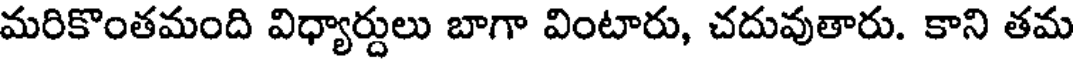
మరికొంతమంది విధ్యార్దులు బాగా వింటారు, చదువుతారు. కాని తమ